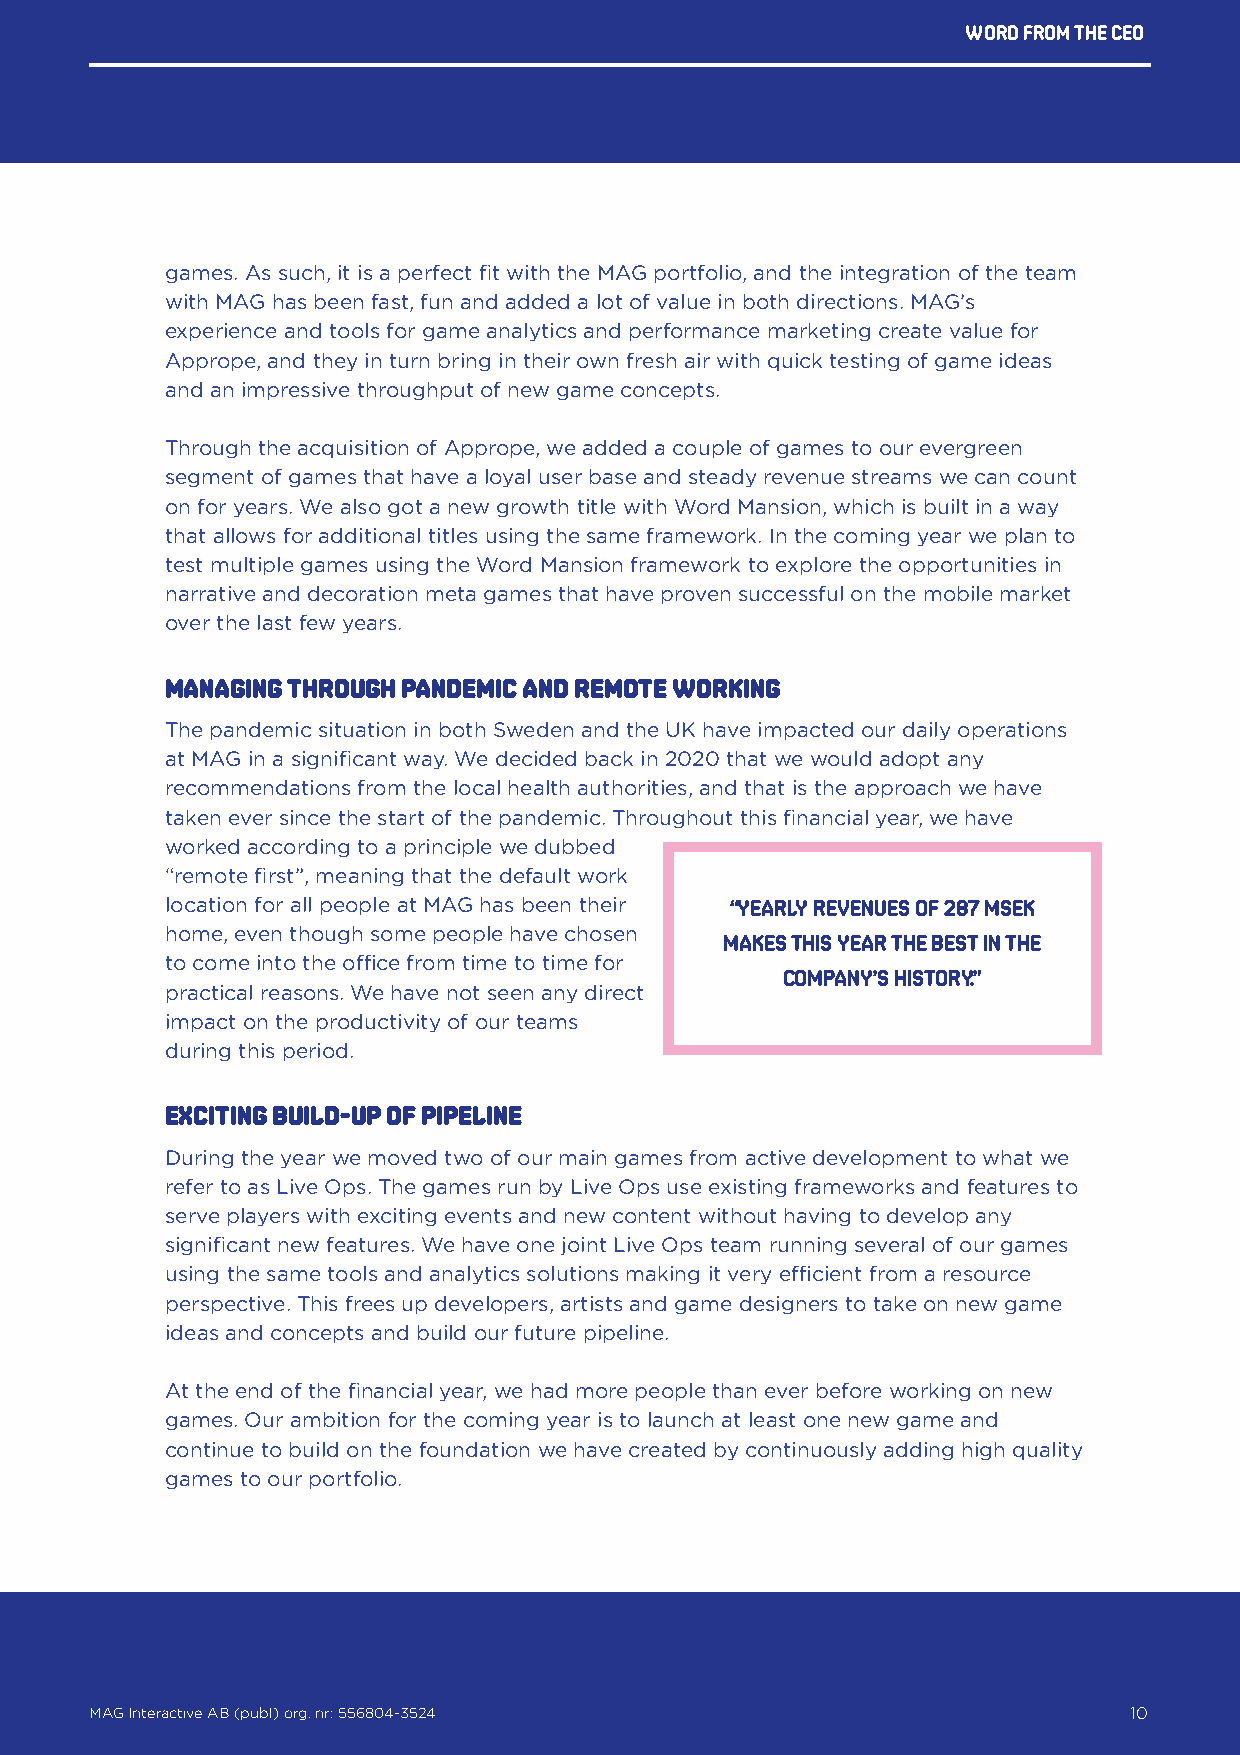
Word from the ceo
 games. As such, it is a perfect fit with the MAG portfolio, and the integration of the team
 with MAG has been fast, fun and added a lot of value in both directions. MAG’s
 experience and tools for game analytics and performance marketing create value for
 Apprope, and they in turn bring in their own fresh air with quick testing of game ideas
 and an impressive throughput of new game concepts.
 Through the acquisition of Apprope, we added a couple of games to our evergreen
 segment of games that have a loyal user base and steady revenue streams we can count
 on for years. We also got a new growth title with Word Mansion, which is built in a way
 that allows for additional titles using the same framework. In the coming year we plan to
 test multiple games using the Word Mansion framework to explore the opportunities in
 narrative and decoration meta games that have proven successful on the mobile market
 over the last few years.
 Managing through pandemic and remote working
 The pandemic situation in both Sweden and the UK have impacted our daily operations
 at MAG in a significant way. We decided back in 2020 that we would adopt any
 recommendations from the local health authorities, and that is the approach we have
 taken ever since the start of the pandemic. Throughout this financial year, we have
 worked according to a principle we dubbed
 “remote first”, meaning that the default work
 location for all people at MAG has been their “Yearly revenues of 287 MSEK
 home, even though some people have chosen
 makes this year the best in the
 to come into the office from time to time for
 company’s history.”
 practical reasons. We have not seen any direct
 impact on the productivity of our teams
 during this period.
 Exciting build-up of pipeline
 During the year we moved two of our main games from active development to what we
 refer to as Live Ops. The games run by Live Ops use existing frameworks and features to
 serve players with exciting events and new content without having to develop any
 significant new features. We have one joint Live Ops team running several of our games
 using the same tools and analytics solutions making it very efficient from a resource
 perspective. This frees up developers, artists and game designers to take on new game
 ideas and concepts and build our future pipeline.
 At the end of the financial year, we had more people than ever before working on new
 games. Our ambition for the coming year is to launch at least one new game and
 continue to build on the foundation we have created by continuously adding high quality
 games to our portfolio.
 MAG Interactive AB (publ) org. nr: 556804-3524                   10
 MAG Interactive AB (publ) org. nr: 556804-3524                       10